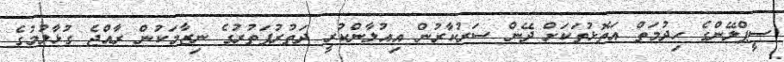
ސީޕްލޭންގެ ހިދުމަތް އަތޮޅުތަކަށް ދޭން ސަރުކާރުން އިއުލާންކުރީ ދަތުރުފަތުރުގެ ނިޒާމަކުން ރާއްޖެ ގުޅާލުމުގެ